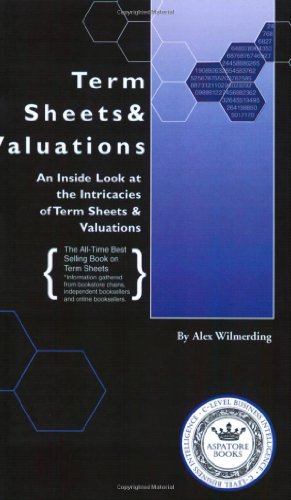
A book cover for Term Sheets & Valuations - A Line by Line Look at the Intricacies of Term Sheets & Valuations (Bigwig Briefs); Alex Wilmerding; Business & Money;